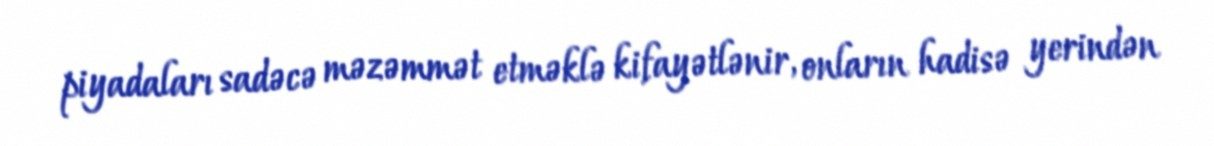
piyadaları sadəcə məzəmmət etməklə kifayətlənir, onların hadisə yerindən